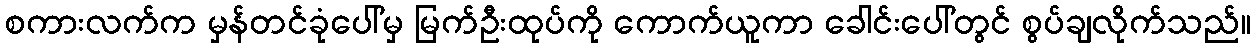
စကားလက်က မှန်တင်ခုံပေါ်မှ မြက်ဦးထုပ်ကို ကောက်ယူကာ ခေါင်းပေါ်တွင် စွပ်ချလိုက်သည်။